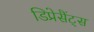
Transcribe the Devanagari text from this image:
डिप्रेसैंट्स